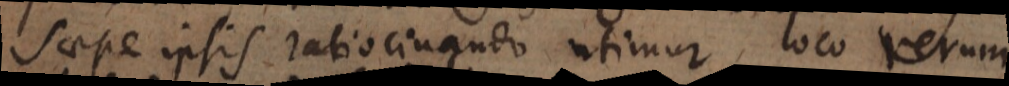
saepe ipsis ratiocinando utimur loco rerum.